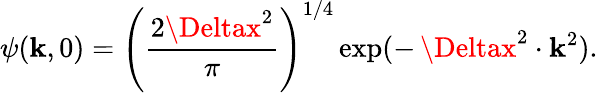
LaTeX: \psi(\mathbf{k},0)=\left(\frac{{2\Deltax^{2}}}{{\pi}}\right)^{1/4}\exp(-\, \Deltax^{2}\cdot\mathbf{k}^{2}).